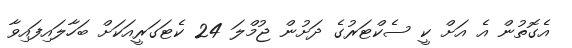
އެގޮތުން އެ އަށް ކީ ސެކްޓަރުގެ ދަށުން ޖުމްލަ 24 ކެޓަގަރީއަކަށް ބަހާލައިފައިވާ